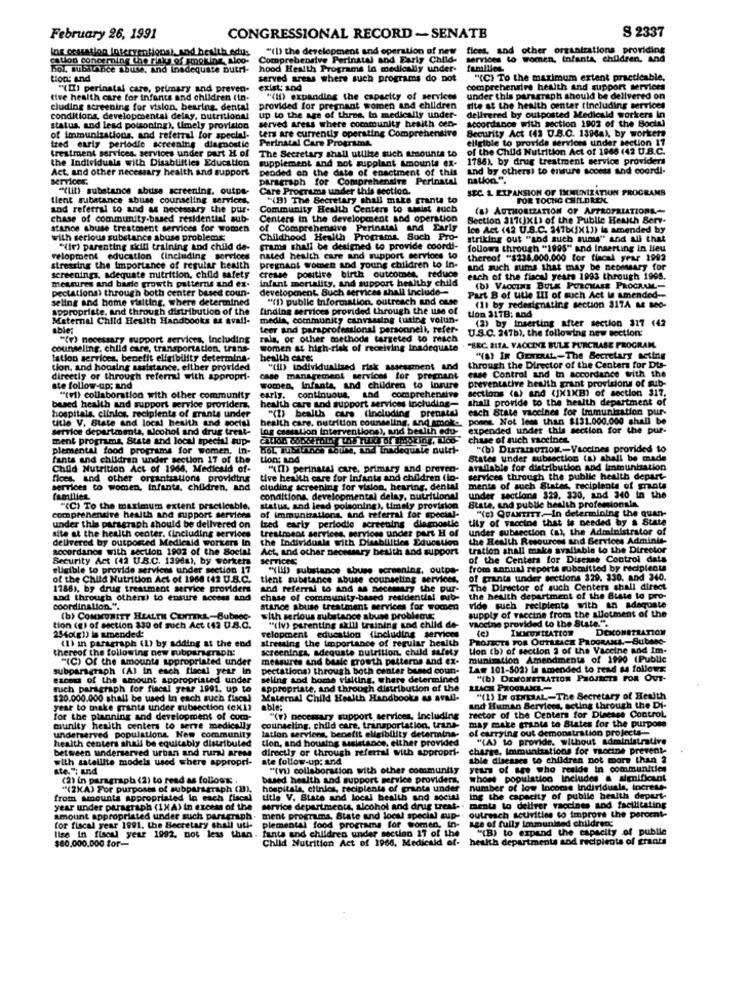
S 2337
February 26, 1991
CONGRESSIONAL RECORD -SENATE
Ins cessation interventions), and health ed
"(I) the development and operation of new
fices, and other organizations providing
cation concerning the rakes of knolline, Aloo-
Comprehensive Perinatal and Farly Child-
services to women, Infanta, children, and
bol, substance abuse, and Inadequate Dutri-
hood Health Programs in medically under-
tions and
served areas where such programs do not
"(C) To the maximum extent practicable,
"(II) perinatal care, primary and preven-
exist; and
comprehendire health and support services
tive health care for infants and children (in-
"(II) expanding the capacity of services
under this paragraph should be delivered on
cluding screening for vision, bearing, dental
provided for pregnant women and children
site at the health center (including services
conditions, developmental delay, nutritional
up to the age of three, In medically under-
served areas where community health oen-
delivered by outposted Medicald workers in
accordance with section 1902 of the Bockel
status, and lead poisoning), timely provision
tets are currently operating Comprehensive
Security Act (43 U.B.C. 1396a), by workers
of immunizations, and referral for special-
Perinatal Care Programa.
eligible to provide services under section 17
treatment services. services under part H of
tred early periodic screening diagnostic
The Secretary shall utlilte such amounts to
of the Child Nutrition Act of 1988 (42 U.B.C.
the Individuals with Disablittics Education
supplement and not supplant amounts ex-
1786), by drug treatment service providers
Act, and other necessary health and support
Deoded on the date of enactment of this
and by others) to ensure scoess and coordi-
services.
paragraph for Comprehensive Perinatal
nation".
"(lit) substance abuse screening, outps-
Care Programa under this section.
SEC. 1 EXPANSION OF IMMUNIZATION PROGRAMS
tient substance abuse counseling services
"(B) The Secretary shall maks grants to
FOR TOCHG CHILDREN
and referral to and as necessary the bur-
Community Health Centers to soist auch
(a) AUTHORIZATION OF APPROPRIATIONS-
chase of community-based residential sub-
Centers in the development and operation
Section 317(XL) of the Public Health Serv-
stance abuse treatment services for women
Perinat
Ice Act (42 U.S.C. 347b(X17) is amended by
with serious substance abuse problems;
Childhood Health Programs. Such Pro-
striking out "and auch sums" and all that
"(iv) parenting skill training and child de-
grams shall be designed to provide coordi-
follows through "1995" and Inserting in lieu
velopment education (including services
nated health care and support services to
thereof "$238.000.000 for fiscal year 1992
stressing the Importance of regular health
pregnant women and young children to in-
and such sums that may be necessary for
screenings, adequate nutrition, child safety
messires and barle growth patterns and ex.
infant mortality, and support healthy child
cresse positive birth outcomes, reduce
each of the fiscal years 1993 through 1995.
pectations) through both center based coun-
development, Such services shall include --
(b) VACCINE BULK PURCHASE PROGRAM-
seling and home visiting, where determined
"(D) public information, outreach and cuse
Part B of ulle III of such Act In amended-
appropriate, and through distribution of the
finding services provided through the use of
(1) by redesignating section 317A a4 800-
Maternal Child Health Handbooks as avail-
media, community canrausing tuaine volun-
tion 317B; and
(2) by inserting after section 317 442
abley
Leer and parsprofessional personneil, refer-
U.S.C. 247b), the following now section:
"(v) necessary support services, Including
rals, or other methods targeted to reach
counseling. child care, transportation, trans-
women as high-risk of receiving inadequate
"BEC. 211A. VACCINE BULE PURCHASE PROGRAM.
lation services, benefit eligibility determina-
health care:
"(S) IN GENDUAL-The Secretary acting
tion, and housing assistance, either provided
"(il) todividualised risk assessment and
through the Director of the Centers for Dts-
case Control and in accordance with the
directly or through refermil with appropri-
case management services for pregnant
preventative health grant provisions of sub-
ste follow-up; and
women, Infants, and children to insure
sections (a) and (IX1KB) of section 317,
"(vi) collaboration with other community
health care and support services including-
early, continuous, and comprehensive
shall provide to the health department of
based health and support service provider
"(1) health care (including prenatal
each State vaccines for immunization pur-
hospitals, elinlos, recipients of grants under
utle V. State and local health and social
health care, nutrition counseling, and smoke, ponne. Not less than $131.000.000 shall be
service departmenta, alcohol and drug trest-
Log czasation interventions), and bewith edu- expended under this section for the pur-
ment programs, State and local special aup-
chase of such vaccines.
plemental food programs for women, in-
HOL Inbalance Lothe, and Inadequate nutri-
"(b) Disramorow-Vaccines provided to
fants and children under section 17 of the
ton; and
States under subsection (a) shall be made
Child Nutrition Act of 1966. Medicald of-
"(I) perinatal care, primary and preven-
available for distribution and Immunization
fices, and other organizations providtrus
tive health care for Infants and children (lo-
services through the public health depart-
services to women, Infanta, children, and
cluding screening for vision, hearing, dental
ments of such States, recipients of grants
familien
conditions, developmental delay, nutritional
under sections 329, 330, and 340 in the
"(C) To the maximum extent practicable,
status, and lead poisoning), timely provision
State, and public health professionals
"(e) QUANTITY .- In determining the quan-
comprehendire health and support services of immunizations, and referral for special-
tily of vaccine that is needed by a State
under this paragraph should be delivered on
site at the health center. (including services treatment services, services under part H of
Ized early periodie screening diagnostie
under subsection (a), the Administrator of
delivered by outposted Medicaid workers in the Individuals with Disabilities Education
site at the health center. (including services
the Health Resources and Services Adminis-
socordanos with section 1903 of the Social Act. and other necessary health and support
tration shall make svaliable to the Director
Security Act (42 U.B.C. 139da), by worker
services:
of the Centers for Disease Control dats
eligible to provide services under section 17
"(Ii) substance abuse screening, outpe-
from annual reports submitted by recipient
of the Child Nutrition Act of 1968 (42 U.B.C.
tient substance abuse counseling services,
of grants under sections 329. 330. and 340.
1786), by drug treatment service providers
and referral to and as necemary the pur-
The Director of such Centers shall direct
and through others) to ensure socess and
chase of community-based residential sub-
the health department of the State to pro-
coordination.".
stance abuse treatment services for women
vide such recipients with an adequate
supply of vaccine from the allotment of the
(b) COMMUNITY HEALTH CENTTKA-Bubnoc-
with serious substance abuse problems
vaccine provided to the State.".
tion (g) of section 330 of such Act (42 U.S.C.
"(iv) parenting skill training and child de-
(e )
IMMUNIZATION
254olg1) is amended:
(1) in paragraph (L) by adding at the end
velopment education (including services
stressing the Importance of regular health
PROJECTS FOR OUTREACH PROGRAMA .- SubBO-
thereof the following new subparagraph:
screenings, adequate nutrition, child safety
Hon (b) of section 2 of the Vaccine and Im.
"(C) Of the amounts appropriated under
measures and basic growth patterns and ex-
munisation Amendments of 1990 (Public
subparagraph (A) in each fiscal year in
pectations) through both center bused coun-
Law 101-502) la amended to read s4 follows
excess of the amount appropriated under
seling and home visiting, where determined
"(b) DEMONSTRATION PROJECTS FOR OUT-
nich paragraph for fiscal year 1991, up to
appropriate, and through distribution of the
LLACH PROCRACK-
$20.000.000 shall be used In each such fiscal
Maternal Child Health Handbooks as avall-
"(1) IN GENERAL-The Secretary of Health
year to take grants under subsection (ox1)
able;
rector of the Centers for Disease Control
and Human Services, acting through the Di-
for the planning and development of com-
"(v) necessary support services, Including
may make grante to Blates for the purpose
underserved populations Now community
munity health centers to serve medically
counseling, child care, transportation, trans-
lation services, benefit eligibility determina-
of carrying out demonstration projects-
health centers shall be equitably distributed
tion, and housing assistance, either provided
"(A) to provide. without administrative
between underserved urban and rural areas
directly or through referral with appropri-
charge, Immuntiations for vaccine prevent-
with satellite models used where appropri-
ste follow-up: and
able dlaesses to children not more than ?
ste.": and
"(n) collaboration with other community
years of age who reside in communities
(2) in paragraph (2) to read as follows: .
based health and support service providers.
whowe population includes a significant
"(2XA) For purposes of subparagraph (B),
hospitala, clinics, recipients of grants under
number of low Income individuals, increse-
from amounts appropriated in each fiscal
title V. State and local health and social
ing the capacity of pubile health depurt-
year under paragraph (1XA) in excess of the
service departments, alcohol and drug treat- . menta to deliver vaccines and facilitating
amount appropriated under such paragraph- ment programa, State and local special sup-
outreach activities to improve the percent-
for fiscal year 1991. the Becretary shall uti-
fants and children under section 17 of the
plemental food programs for women, in- age of fully immunised children;
"(B) to expand the capacity of public
pacity of public
lize in fiscal year 1992. not less than
Child Nutrition Act of 1966, Medicald of-
health departments sod recipients of grants
$80,000.000 for-